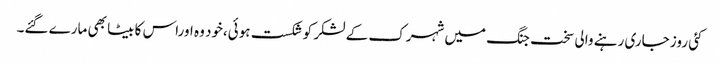
کئی روز جاری رہنے والی سخت جنگ میں شہرک کے لشکر کو شکست ہوئی،خود وہ اوراس کا بیٹا بھی مارے گئے۔